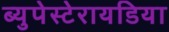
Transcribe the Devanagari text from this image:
ब्युपेस्टेरायडिया